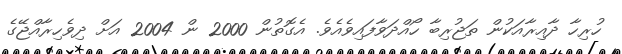
ހުރިހާ ދާއިރާއަކުން ތަޖުރިބާ ހޯއްދަވާފައިވެއެވެ. އެގޮތުން 2000 ން 2004 އަށް ދިވެހިރާއްޖޭގެ